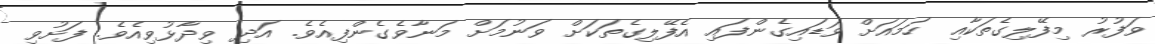
ވަފުރު މިފޭލިގެތަކާއި ހަމައަށް ވަޑައިގެންފައި އެފޭލިގެތަކަށް ވަނުމަށް މަނާވެގެންފިއެވެ. އަދި ވިދާޅުވިއެވެ. ފަށުވި